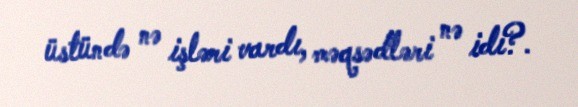
üstündə nə işləri vardı, məqsədləri nə idi?.